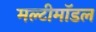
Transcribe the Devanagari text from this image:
मल्टीमॉडल